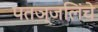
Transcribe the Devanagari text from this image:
पतञ्जलिंचे